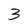
Character: 3